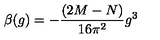
\beta ( g ) = - \frac { ( 2 M - N ) } { 1 6 \pi ^ { 2 } } g ^ { 3 }